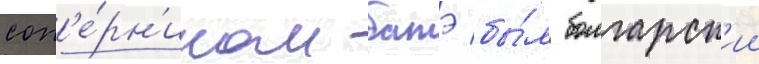
соп'е́рн'иком батэ бы́л болгарск'ии